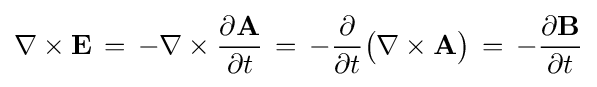
\nabla \times \mathbf {E} \,=\,-\nabla \times {\frac {\partial \mathbf {A} }{\partial t}}\,=\,-{\frac {\partial }{\partial t}}{\big (}\nabla \times \mathbf {A} {\big )}\,=\,-{\frac {\partial \mathbf {B} }{\partial t}}